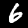
Label: 6